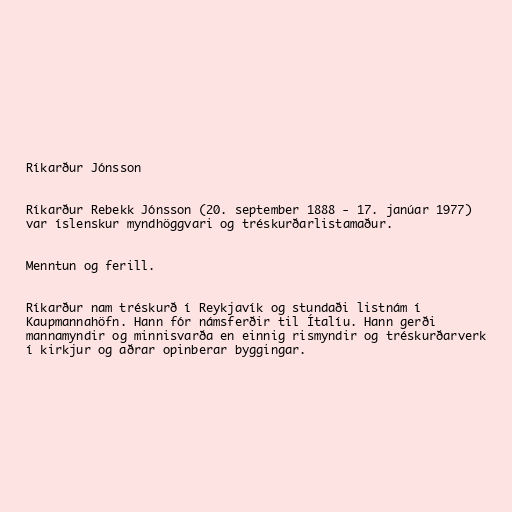
Ríkarður Jónsson

Ríkarður Rebekk Jónsson (20. september 1888 - 17. janúar 1977)
var íslenskur myndhöggvari og tréskurðarlistamaður.

Menntun og ferill.

Ríkarður nam tréskurð í Reykjavík og stundaði listnám í
Kaupmannahöfn. Hann fór námsferðir til Ítalíu. Hann gerði
mannamyndir og minnisvarða en einnig rismyndir og tréskurðarverk
í kirkjur og aðrar opinberar byggingar.